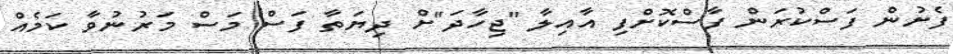
ފެށުން ފަސްކުރަން ފާސްކޮށްފި އާއިލާ "ޖިހާދަ"ށް ދިޔަތާ ފަސް މަސް މަރުނުވާ ކަމެއް